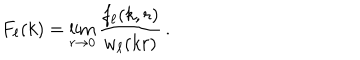
F _ { \ell } ( k ) = \lim _ { r \to 0 } \frac { f _ { \ell } ( k , r ) } { w _ { \ell } ( k r ) } \, .